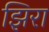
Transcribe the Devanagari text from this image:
झिरा